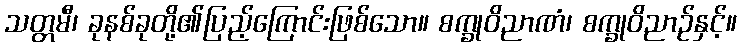
သတ္တမီ၊ ခုနစ်ခုတို့၏ပြည့်ကြောင်းဖြစ်သော။ စက္ခုဝိညာဏံ၊ စက္ခုဝိညာဉ်နှင့်။